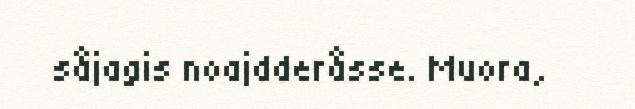
såjagis noajdderåsse. Muora,